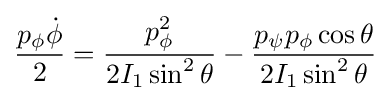
{\frac {p_{\phi }{\dot {\phi }}}{2}}={\frac {p_{\phi }^{2}}{2I_{1}\sin ^{2}\theta }}-{\frac {p_{\psi }p_{\phi }\cos \theta }{2I_{1}\sin ^{2}\theta }}